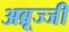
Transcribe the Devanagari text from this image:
अब्रूज्जी